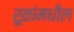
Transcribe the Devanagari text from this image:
रूळांमधील